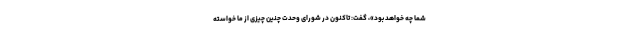
شما چه خواهد بود»، گفت: تاکنون در شورای وحدت چنین چیزی از ما خواسته